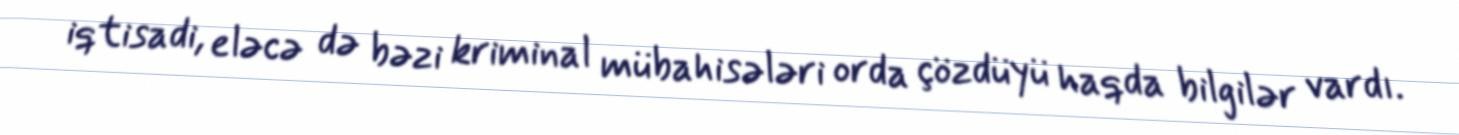
iqtisadi, eləcə də bəzi kriminal mübahisələri orda çözdüyü haqda bilgilər vardı.